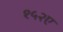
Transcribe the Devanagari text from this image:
१५२ए